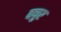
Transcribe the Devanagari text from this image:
क्युर